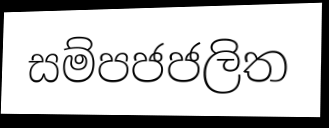
සම්පජජලිත